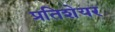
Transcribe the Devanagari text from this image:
प्रतिशेयर